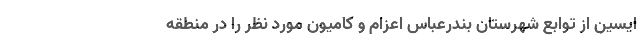
ایسین از توابع شهرستان بندرعباس اعزام و کامیون مورد نظر را در منطقه